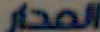
المدار